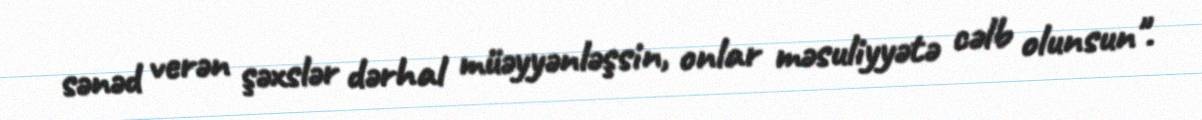
sənəd verən şəxslər dərhal müəyyənləşsin, onlar məsuliyyətə cəlb olunsun".